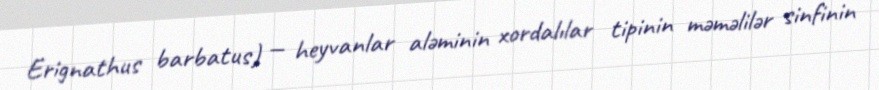
Erignathus barbatus) — heyvanlar aləminin xordalılar tipinin məməlilər sinfinin